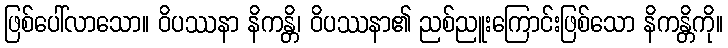
ဖြစ်ပေါ်လာသော။ ဝိပဿနာ နိကန္တိ၊ ဝိပဿနာ၏ ညစ်ညူးကြောင်းဖြစ်သော နိကန္တိကို။